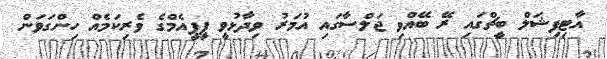
އާޓިފިޝަލް ބީޗްގައި ރޭ ބޭއްވި ޖަލްސާގައި އުމަރު ވިދާޅުވީ ޕީޕީއެމްގެ ވެރިކަމެއް ހިންގަވަން